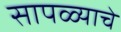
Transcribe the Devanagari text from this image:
सापळ्याचे